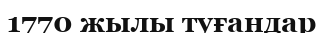
1770 жылы туғандар